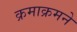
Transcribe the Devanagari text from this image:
क्रमाक्रमने